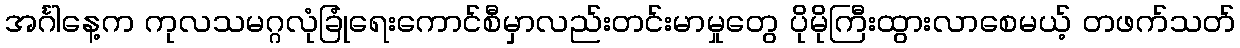
အင်္ဂါနေ့က ကုလသမဂ္ဂလုံခြုံရေးကောင်စီမှာလည်းတင်းမာမှုတွေ ပိုမိုကြီးထွားလာစေမယ့် တဖက်သတ်